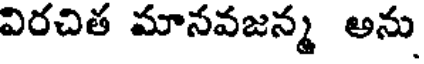
విరచిత మానవజన్మ అను